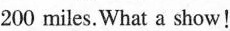
200 miles.What a show!